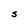
Character: S